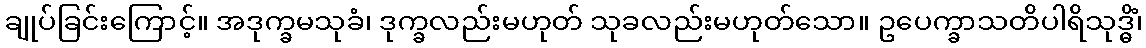
ချုပ်ခြင်းကြောင့်။ အဒုက္ခမသုခံ၊ ဒုက္ခလည်းမဟုတ် သုခလည်းမဟုတ်သော။ ဥပေက္ခာသတိပါရိသုဒ္ဓိံ၊